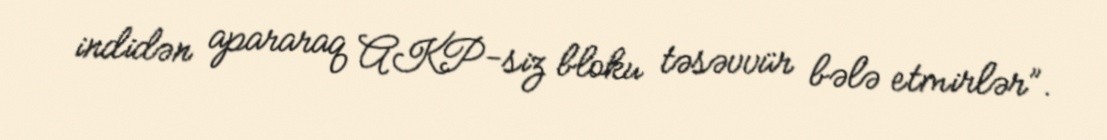
indidən apararaq AKP-siz bloku təsəvvür bələ etmirlər”.